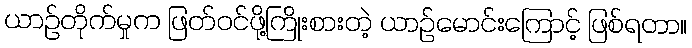
ယာဉ်တိုက်မှုက ဖြတ်ဝင်ဖို့ကြိုးစားတဲ့ ယာဉ်မောင်းကြောင့် ဖြစ်ရတာ။